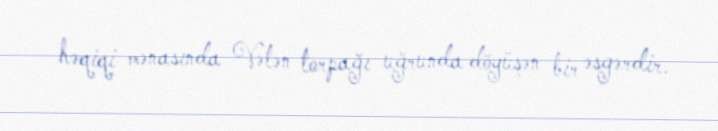
həqiqi mənasında Vətən torpağı uğrunda döyüşən bir əsgərdir.